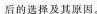
后的选择及其原因。